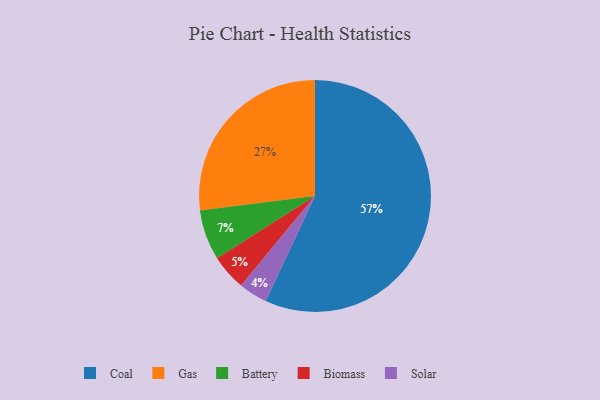
{"axis": {"x": "Category", "y": "Percentage"}, "legend": ["Battery", "Biomass", "Coal", "Gas", "Solar"], "data": [{"x": "Coal", "y": 57, "type": "Coal"}, {"x": "Biomass", "y": 5, "type": "Biomass"}, {"x": "Solar", "y": 4, "type": "Solar"}, {"x": "Gas", "y": 27, "type": "Gas"}, {"x": "Battery", "y": 7, "type": "Battery"}]}